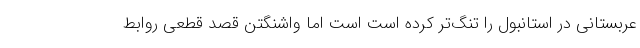
عربستانی در استانبول را تنگ‌تر کرده است است اما واشنگتن قصد قطعی روابط